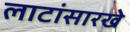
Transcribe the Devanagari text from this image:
लाटांसारखे